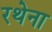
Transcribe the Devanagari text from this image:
रथेना